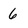
Character: 6